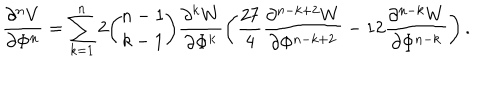
\frac { \partial ^ { n } V } { \partial \Phi ^ { n } } = \sum _ { k = 1 } ^ { n } 2 { \binom { n - 1 } { k - 1 } } \frac { \partial ^ { k } W } { \partial \Phi ^ { k } } \left( \frac { 2 7 } { 4 } \frac { \partial ^ { n - k + 2 } W } { \partial \Phi ^ { n - k + 2 } } - 1 2 \frac { \partial ^ { n - k } W } { \partial \Phi ^ { n - k } } \right) .